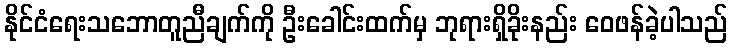
နိုင်ငံရေးသဘောတူညီချက်ကို ဦးခေါင်းထက်မှ ဘုရားရှိခိုးနည်း ဝေဖန်ခဲ့ပါသည်